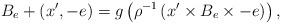
LaTeX: \begin{align*} B_e + (x',-e) = g\left( \rho^{-1}\left( x' \times B_e \times -e \right) \right), \end{align*}